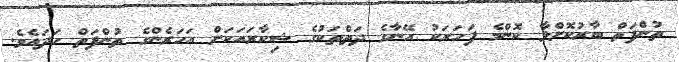
ތުންފަތް ބާރުކޮށްލާ ކޮންމެ ފަހަރަކު އޭނާގެ ދަތްތަކުގެ ޝިކާރައަކަށް އަހަރެންގެ ތުންފަތް ހަދައެވެ.